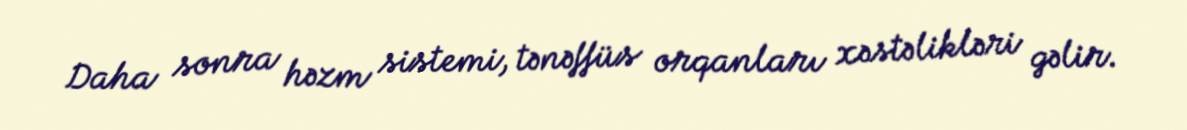
Daha sonra həzm sistemi, tənəffüs orqanları xəstəlikləri gəlir.